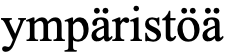
ympäristöä